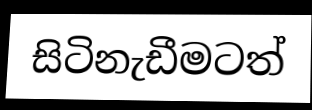
සිටිනැඩීමටත්